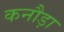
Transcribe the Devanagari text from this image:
कनौड़ा